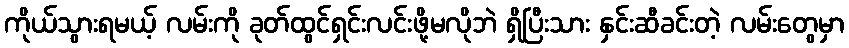
ကိုယ်သွားရမယ့် လမ်းကို ခုတ်ထွင်ရှင်းလင်းဖို့မလိုဘဲ ရှိပြီးသား နှင်းဆီခင်းတဲ့ လမ်းတွေမှာ